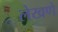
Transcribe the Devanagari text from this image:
लेखणे